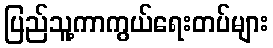
ပြည်သူ့ကာကွယ်ရေးတပ်များ